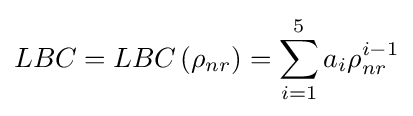
LBC_{}=LBC_{}\left(\rho _{nr}\right)=\sum _{i=1}^{5}a_{i}\rho _{nr}^{i-1}